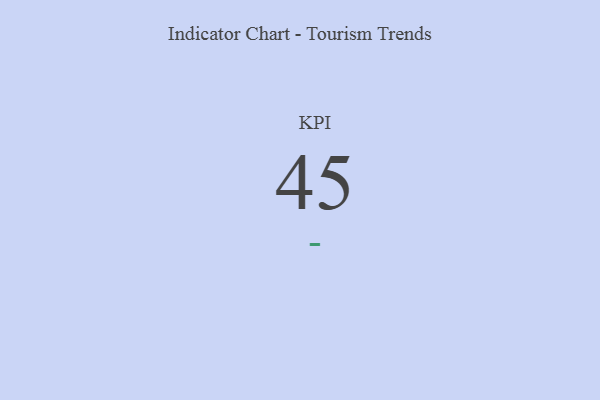
{"axis": {"x": "KPI", "y": "Value"}, "legend": [""], "data": [{"x": "KPI", "y": 45, "type": ""}]}